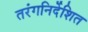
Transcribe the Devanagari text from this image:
तरंगनिर्देशित